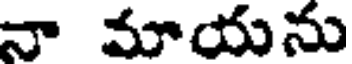
నా మాయను